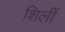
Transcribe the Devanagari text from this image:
शिर्ली